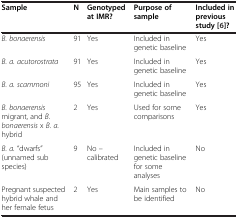
<table><thead><tr><td><b>Sample</b></td><td><b>N</b></td><td><b>Genotyped at IMR?</b></td><td><b>Purpose of sample</b></td><td><b>Included in previous study [[6]]?</b></td></tr></thead><tbody><tr><td><i>B. bonaerensis</i></td><td>91</td><td>Yes</td><td>Included in genetic baseline</td><td>Yes</td></tr><tr><td><i>B. a. acutorostrata</i></td><td>91</td><td>Yes</td><td>Included in genetic baseline</td><td>Yes</td></tr><tr><td><i>B. a. scammoni</i></td><td>95</td><td>Yes</td><td>Included in genetic baseline</td><td>Yes</td></tr><tr><td><i>B. bonaerensis</i> migrant, and <i>B. bonaerensis</i> x <i>B. a.</i> hybrid</td><td>2</td><td>Yes</td><td>Used for some comparisons</td><td>Yes</td></tr><tr><td><i>B. a.</i> “dwarfs” (unnamed sub species)</td><td>9</td><td>No – calibrated</td><td>Included in genetic baseline for some analyses</td><td>No</td></tr><tr><td>Pregnant suspected hybrid whale and her female fetus</td><td>2</td><td>Yes</td><td>Main samples to be identified</td><td>No</td></tr></tbody></table>